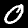
Digit: 0